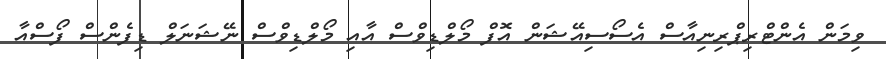
ވިމަން އެންޓްރިޕްރިނިއާސް އެސޯސިއޭޝަން އޮފް މޯލްޑިވްސް އާއި މޯލްޑިވްސް ނޭޝަނަލް ޑިފެންސް ފޯސްއާ